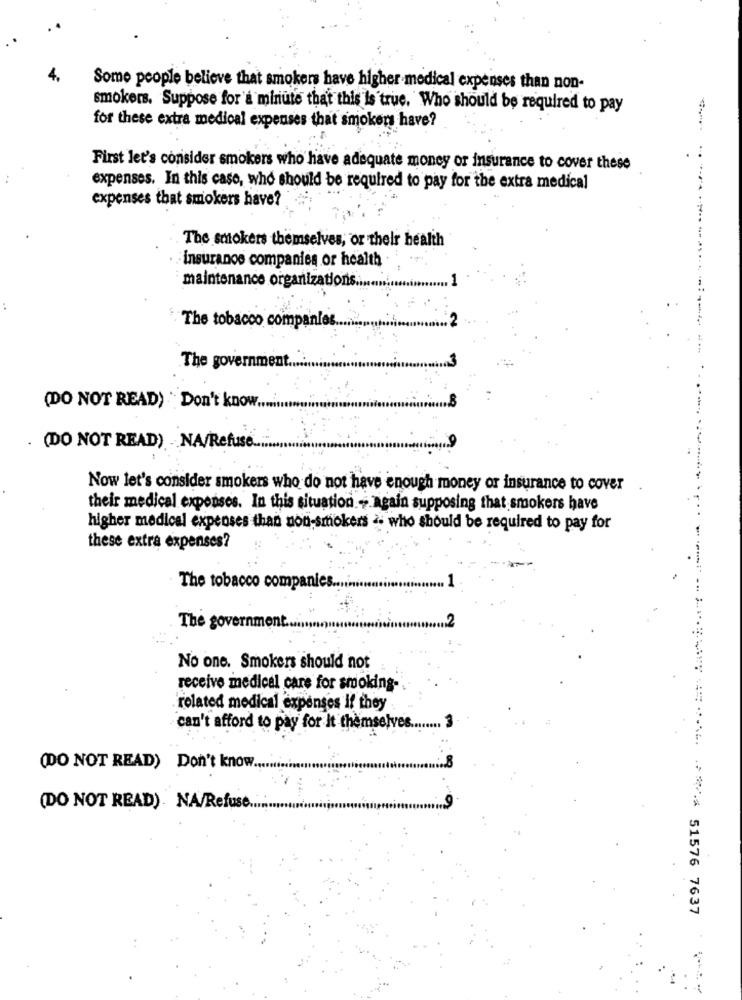
Some people believe that smokers have higher medical expenses than non-
smokers. Suppose for a minute that this is true. Who should be required to pay
for these extra medical expenses that smokers have?
First let's consider smokers who have adequate money or insurance to cover these
expenses. In this case, who should be required to pay for the extra medical
expenses that smokers have?
The smokers themselves, or their health
insurance companies or health
maintenance organizations ..
..
The tobacco companies ..
--------
The government.
(DO NOT READ) Don't know ....
. (DO NOT READ) NA/Refuse ..
Now let's consider smokers who do not have enough money or insurance to cover
their medical expenses. In this situation. - again supposing that smokers have
higher medical expenses than non-smokers >. who should be required to pay for
these extra expenses?
The tobacco companies ...
The government ...
No one. Smokers should not
receive medical care for smoking-
related medical expenses if they
can't afford to pay for It themselves ..
..... 3
(DO NOT READ) Don't know.
(DO NOT READ). NA/Refuse ..
-------------- 51576 7637